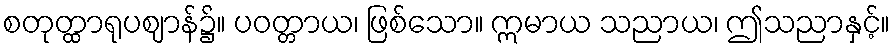
စတုတ္ထာရုပဈာန်၌။ ပဝတ္တာယ၊ ဖြစ်သော။ ဣမာယ သညာယ၊ ဤသညာနှင့်။